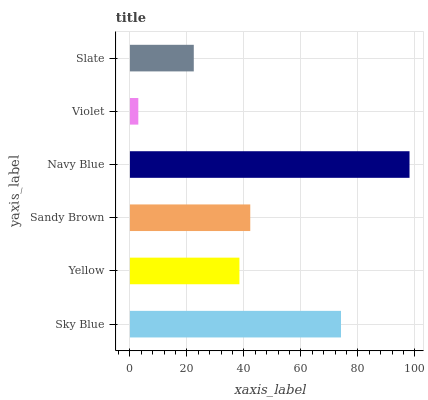
| yaxis_label | bars |
 | --- | --- |
 | Sky Blue | 74.1 |
 | Yellow | 38.4 |
 | Sandy Brown | 42.2 |
 | Navy Blue | 98.1 |
 | Violet | 2.94 |
 | Slate | 22.4 |